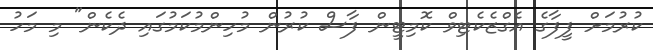
ކުރުމަށް ފީފާގެ އެގްޒެކެޓިވް ކޮމިޓީން ފާސް ކުރުން މުހިންމުކަމުގައި ދެކެން" މި މަހު